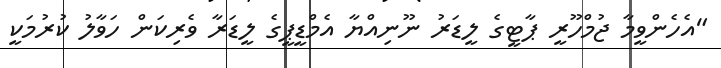
"އެހެންވީމާ ޖުމްހޫރީ ޕާޓީގެ ލީޑަރު ނޫނިއްޔާ އެމްޑީޕީގެ ލީޑަރާ ވެރިކަން ހަވާލު ކުރުމަކީ